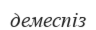
демеспіз